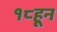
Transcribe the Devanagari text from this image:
१८हून